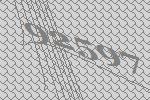
92597